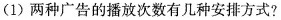
(1)两种广告的播放次数有几种安排方式？